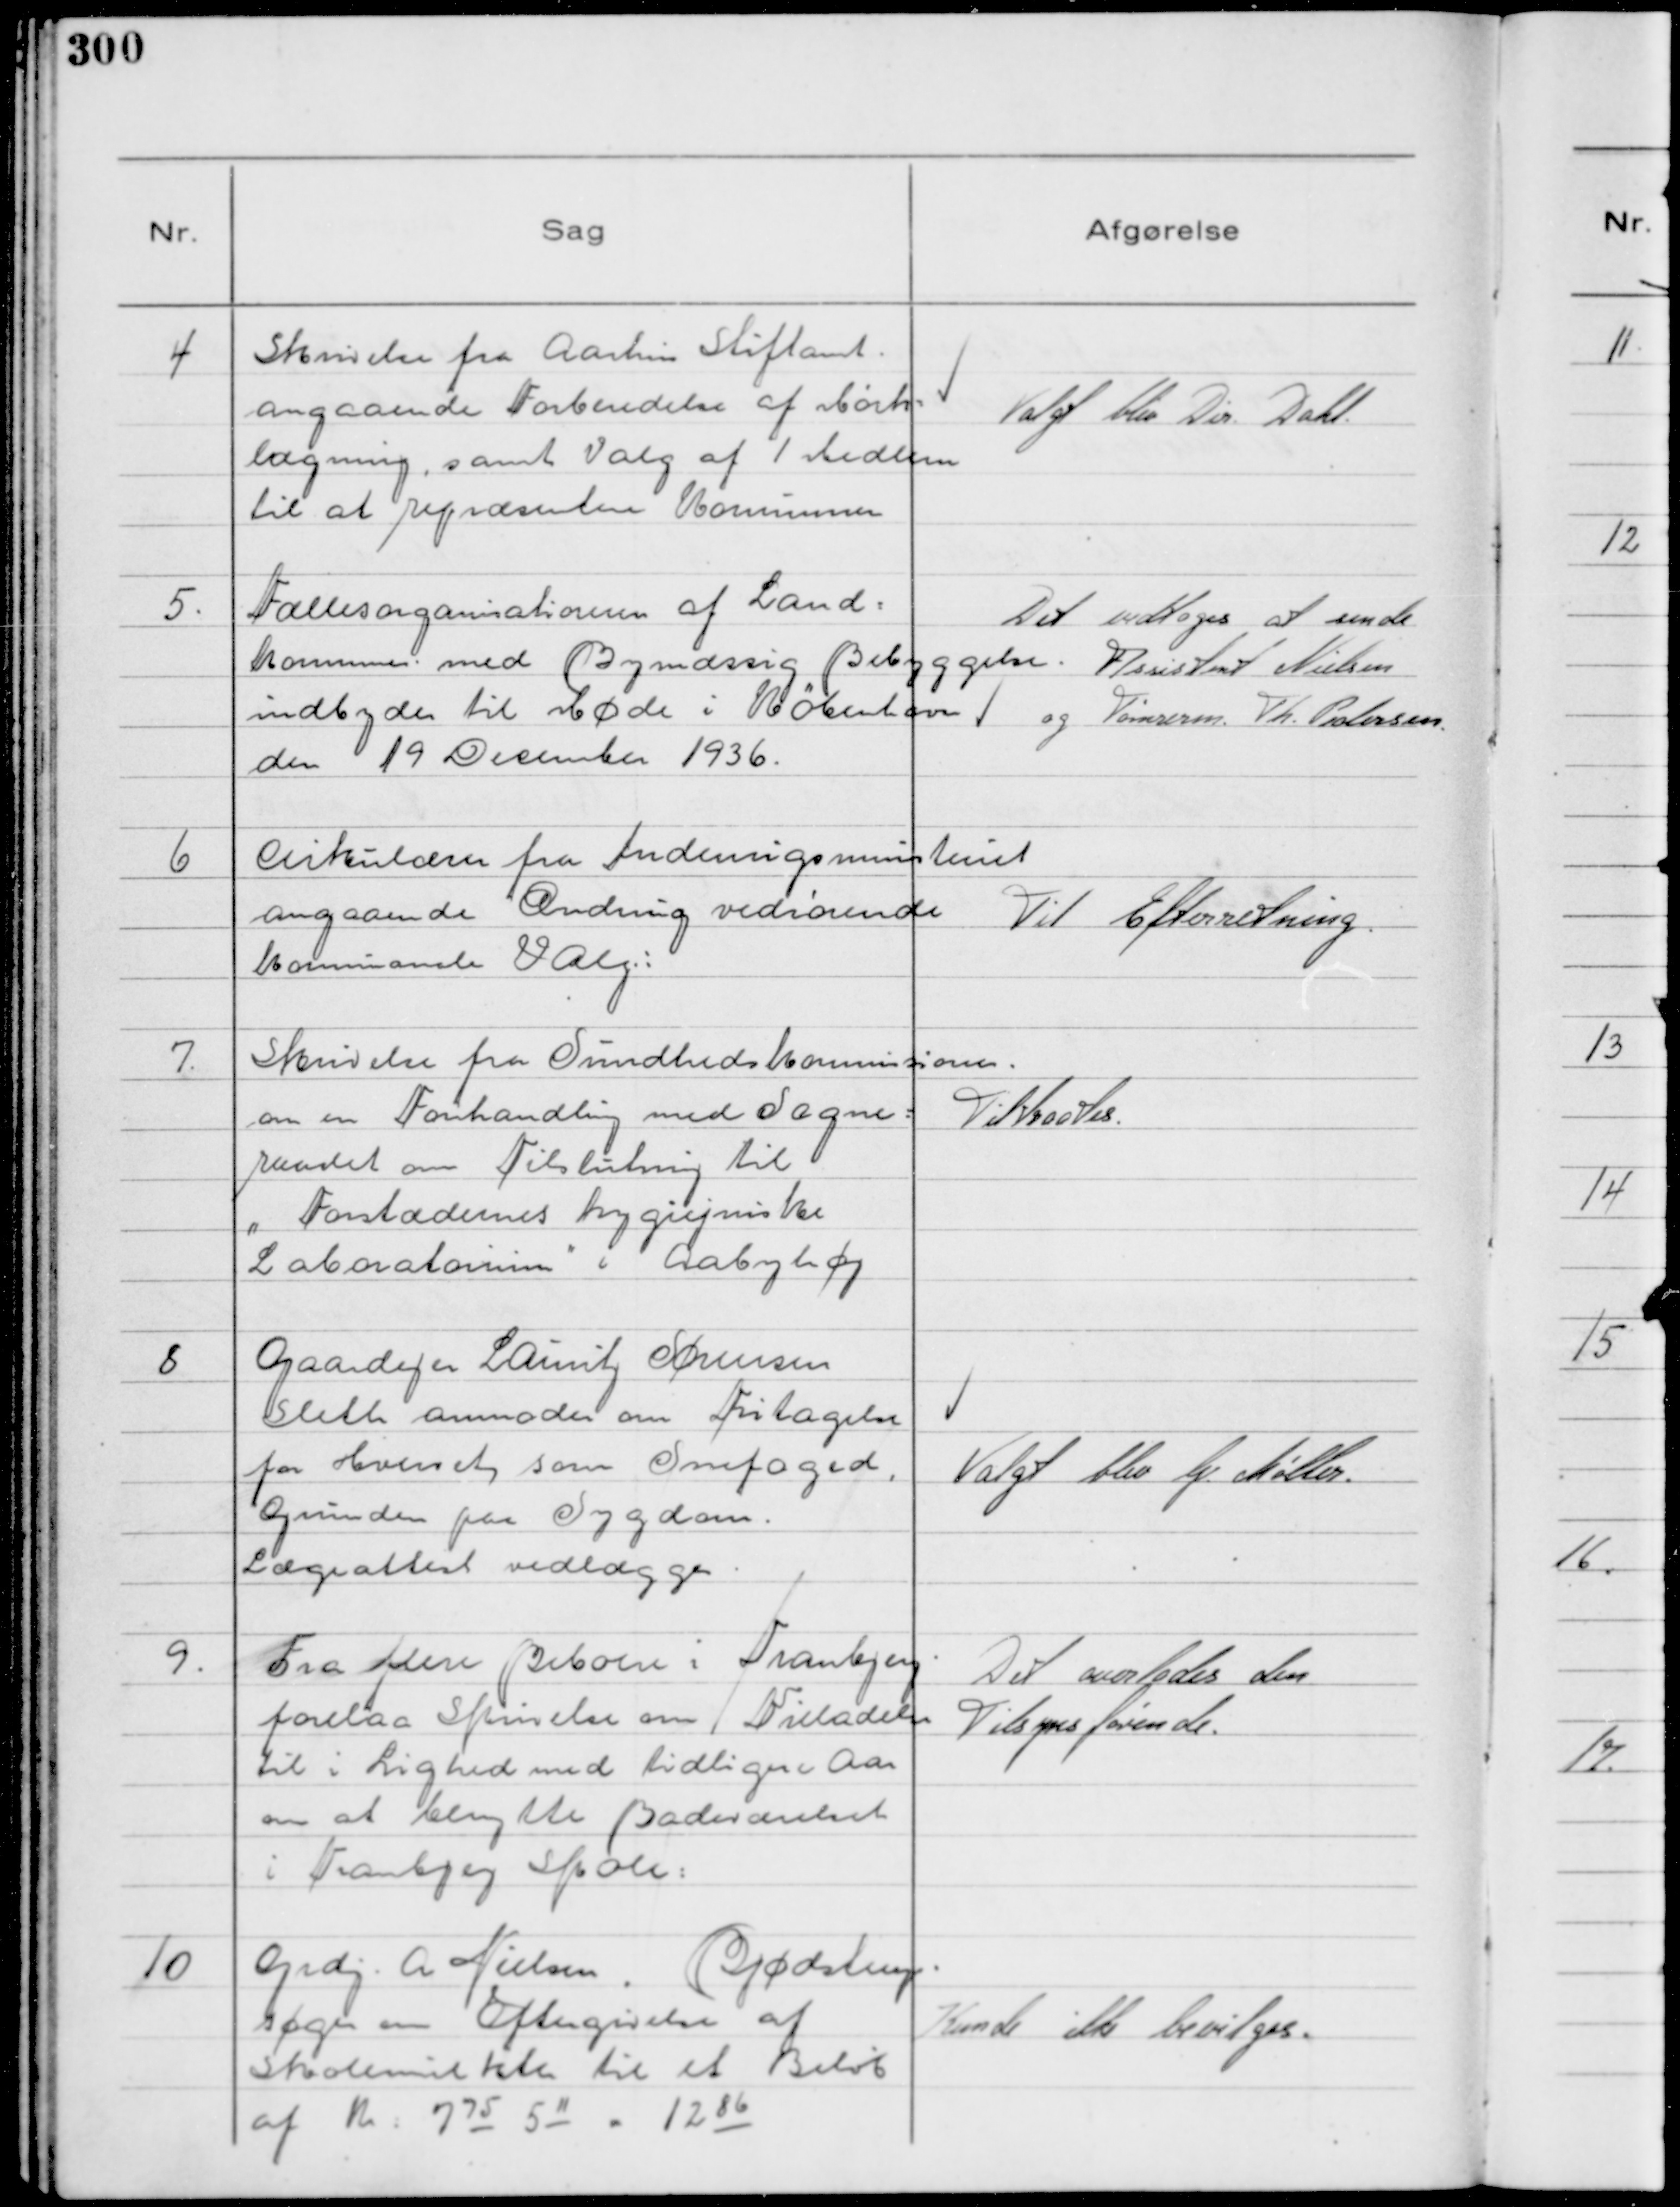
Transskription:
4
Skrivelse fra Aarhus Stiftamt.
angaaende Forberedelse af Mørk=
lægning, samt Valg af 1 Medlem
til at repræsentere Komunnen

Valgt blev Dir. Dahl.

5.
Fællesorganisationen af Land=
kommuner. med Bymæssig Bebyggelse.
indbyder til Møde i København
den 19 December 1936.

Det vedtoges at sende
Assistent Nielsen
og Tømrerm. Th. Peotersen

6
Cirkulærer fra Indenrigsministeriet
angaaende Ændring vedrørende
komunanale Valg:

Til Efterretning.

7.
Skrivelse fra Sundhedskommissionen,
om en Forhandling med Sogne=
raadet om Tilslutning til
" Forstædernes hygiejniske
Laboratorium"

i Aabyhøj

Tiltraades.

8
Gaardejer Lauritz Sørensen
Sleth anmoder om Fritagelse
fra Hvervet som Snefoged.
Grunden paa Sygdom.
Lægeattest vedlægges.

Valgt blev G Møller.

9.
Fra flere Beboere i Tranbjerg
forelaa Skrivelse om Tilladelse
til i Lighed med tidligere Aar
om at benytte Badeværelset
i Tranbjerg Skole:

Det overlodes den
Tilsynsførende.

10
Grdj. A Nielsen,
Bjødstrup.
søger om Eftergivelse af
Skolemulkter til et Beløb
af Kr: 7 75 5 11 - 12 86

Kunde ikke bevilges.